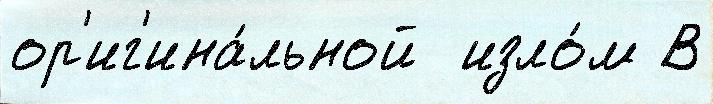
ор'иг'ина́льной  изло́м В